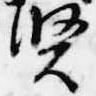
賢